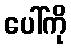
ပေါ်ကို